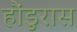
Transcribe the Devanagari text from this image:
हौंडुरास